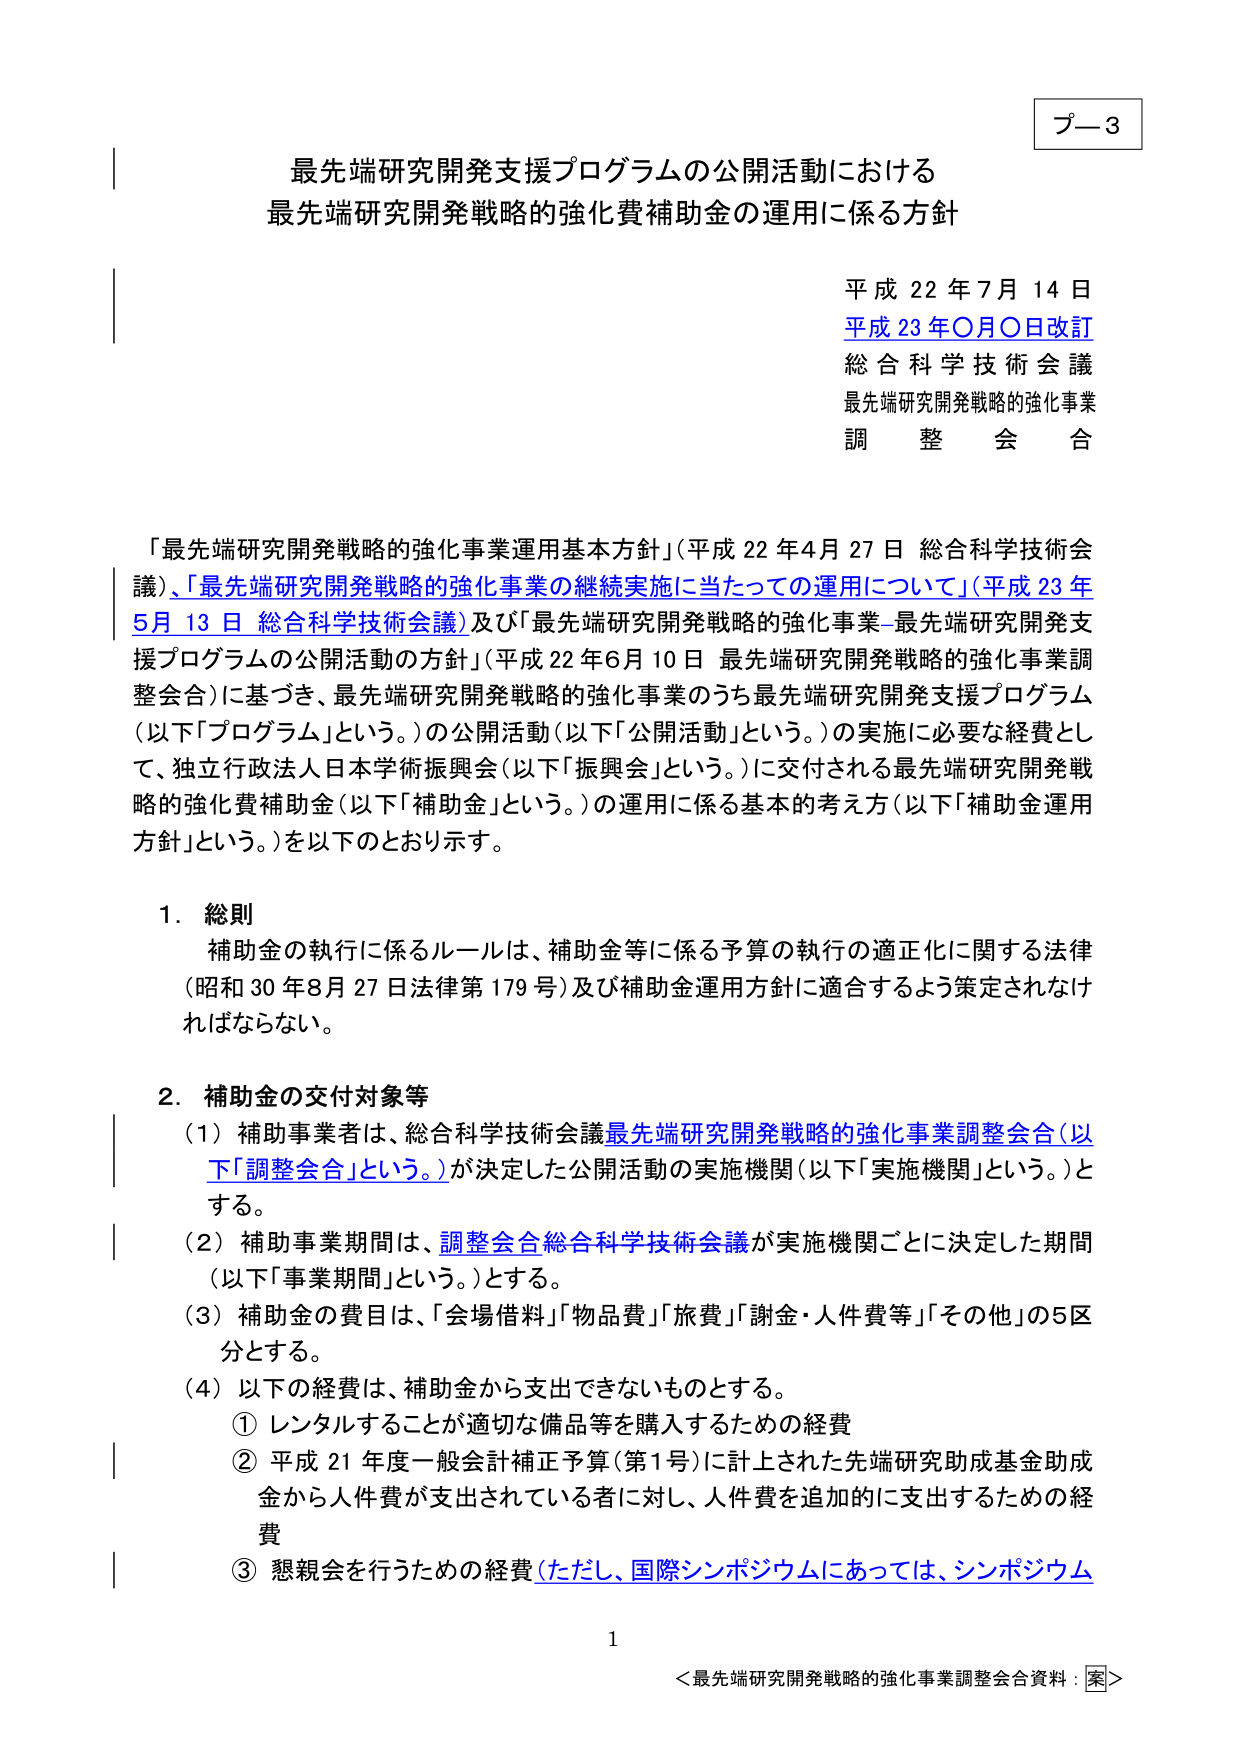
プー3
最先端研究開発支援プログラムの公開活動における
最先端研究開発戦略的強化費補助金の運用に係る方針

平成22年7月14日
平成23年〇月〇日改訂
総合科学技術会議
最先端研究開発戦略的強化事業
調整会合

「最先端研究開発戦略的強化事業運用基本方針」（平成22年4月27日 総合科学技術会議）、 「最先端研究開発戦略的強化事業の継続実施に当たっての運用について」（平成23年5月13日 総合科学技術会議）及び「最先端研究開発戦略的強化事業－最先端研究開発支援プログラムの公開活動の方針」（平成22年6月10日 最先端研究開発戦略的強化事業調整会合）に基づき、最先端研究開発戦略的強化事業のうち最先端研究開発支援プログラム（以下「プログラム」という。）の公開活動（以下「公開活動」という。）の実施に必要な経費として、独立行政法人日本学術振興会（以下「振興会」という。）に交付される最先端研究開発戦略的強化費補助金（以下「補助金」という。）の運用に係る基本的考え方（以下「補助金運用方針」という。）を以下のとおり示す。

1．総則
補助金の執行に係るルールは、補助金等に係る予算の執行の適正化に関する法律（昭和30年8月27日法律第179号）及び補助金運用方針に適合するよう策定されなければならない。

2．補助金の交付対象等
（1）補助事業者は、総合科学技術会議最先端研究開発戦略的強化事業調整会合（以下「調整会合」という。）が決定した公開活動の実施機関（以下「実施機関」という。）とする。
（2）補助事業期間は、調整会合総合科学技術会議が実施機関ごとに決定した期間（以下「事業期間」という。）とする。
（3）補助金の費目は、「会場借料」「物品費」「旅費」「謝金・人件費等」「その他」の5区分とする。
（4）以下の経費は、補助金から支出できないものとする。
　① レンタルすることが適切な備品等を購入するための経費
　② 平成21年度一般会計補正予算（第1号）に計上された先端研究助成基金助成金から人件費が支出されている者に対し、人件費を追加的に支出するための経費
　③ 懇親会を行うための経費（ただし、国際シンポジウムにあっては、シンポジウム

1
＜最先端研究開発戦略的強化事業調整会合資料：案＞